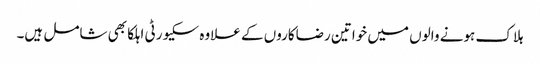
ہلاک ہونے والوں میں خواتین رضاکاروں کے علاوہ سکیورٹی اہلکا بھی شامل ہیں۔